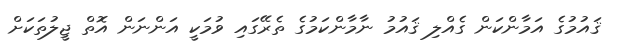
ޤައުމުގެ އަމާންކަން ގެއްލި ޤައުމު ނާމާންކަމުގެ ތެރޭގައި ވުމަކީ އަންނަން އޮތް ޖީލުތަކަށް